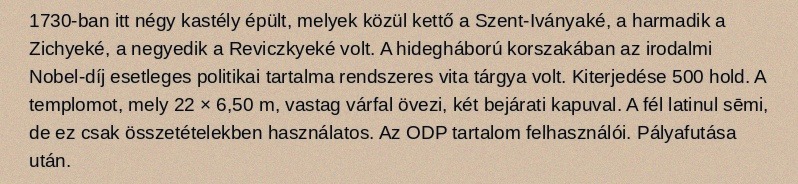
1730-ban itt négy kastély épült, melyek közül kettő a Szent-Iványaké, a harmadik a Zichyeké, a negyedik a Reviczkyeké volt. A hidegháború korszakában az irodalmi Nobel-díj esetleges politikai tartalma rendszeres vita tárgya volt. Kiterjedése 500 hold. A templomot, mely 22 × 6,50 m, vastag várfal övezi, két bejárati kapuval. A fél latinul sēmi, de ez csak összetételekben használatos. Az ODP tartalom felhasználói. Pályafutása után.